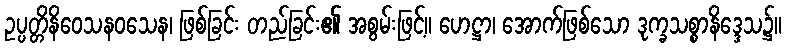
ဥပ္ပတ္တိနိဝေသနဝသေန၊ ဖြစ်ခြင်း တည်ခြင်း၏ အစွမ်းဖြင့်။ ဟေဋ္ဌာ၊ အောက်ဖြစ်သော ဒုက္ခသစ္စာနိဒ္ဒေသ၌။